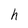
Character: h